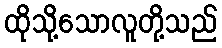
ထိုသို့သောလူတို့သည်